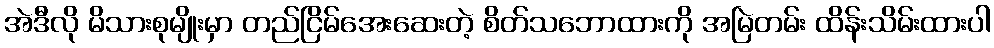
အဲဒီလို မိသားစုမျိုးမှာ တည်ငြိမ်အေးဆေးတဲ့ စိတ်သဘောထားကို အမြဲတမ်း ထိန်းသိမ်းထားပါ